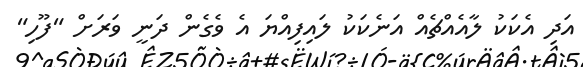
އަދި އެކަކު ލާއެއްޗެއް އަނެކަކު ލައިފިއްޔަ އެ ވެގެން ދަނީ ވަރަށް "ފޫހި"